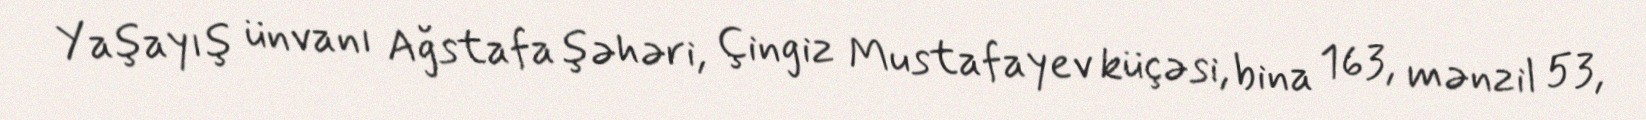
Yaşayış ünvanı Ağstafa şəhəri, Çingiz Mustafayev küçəsi, bina 163, mənzil 53,